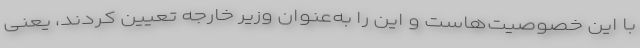
با این خصوصیت‌هاست و این را به‌عنوان وزیر خارجه تعیین کردند، یعنی